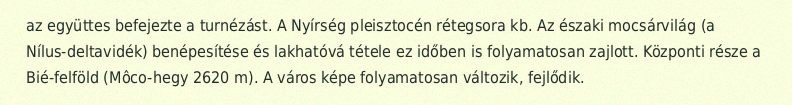
az együttes befejezte a turnézást. A Nyírség pleisztocén rétegsora kb. Az északi mocsárvilág (a Nílus-deltavidék) benépesítése és lakhatóvá tétele ez időben is folyamatosan zajlott. Központi része a Bié-felföld (Môco-hegy 2620 m). A város képe folyamatosan változik, fejlődik.